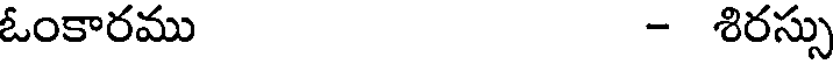
ఓంకారము - శిరస్సు